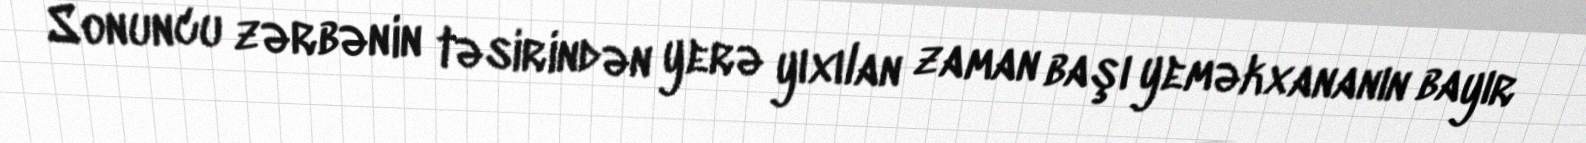
Sonuncu zərbənin təsirindən yerə yıxılan zaman başı yeməkxananın bayır